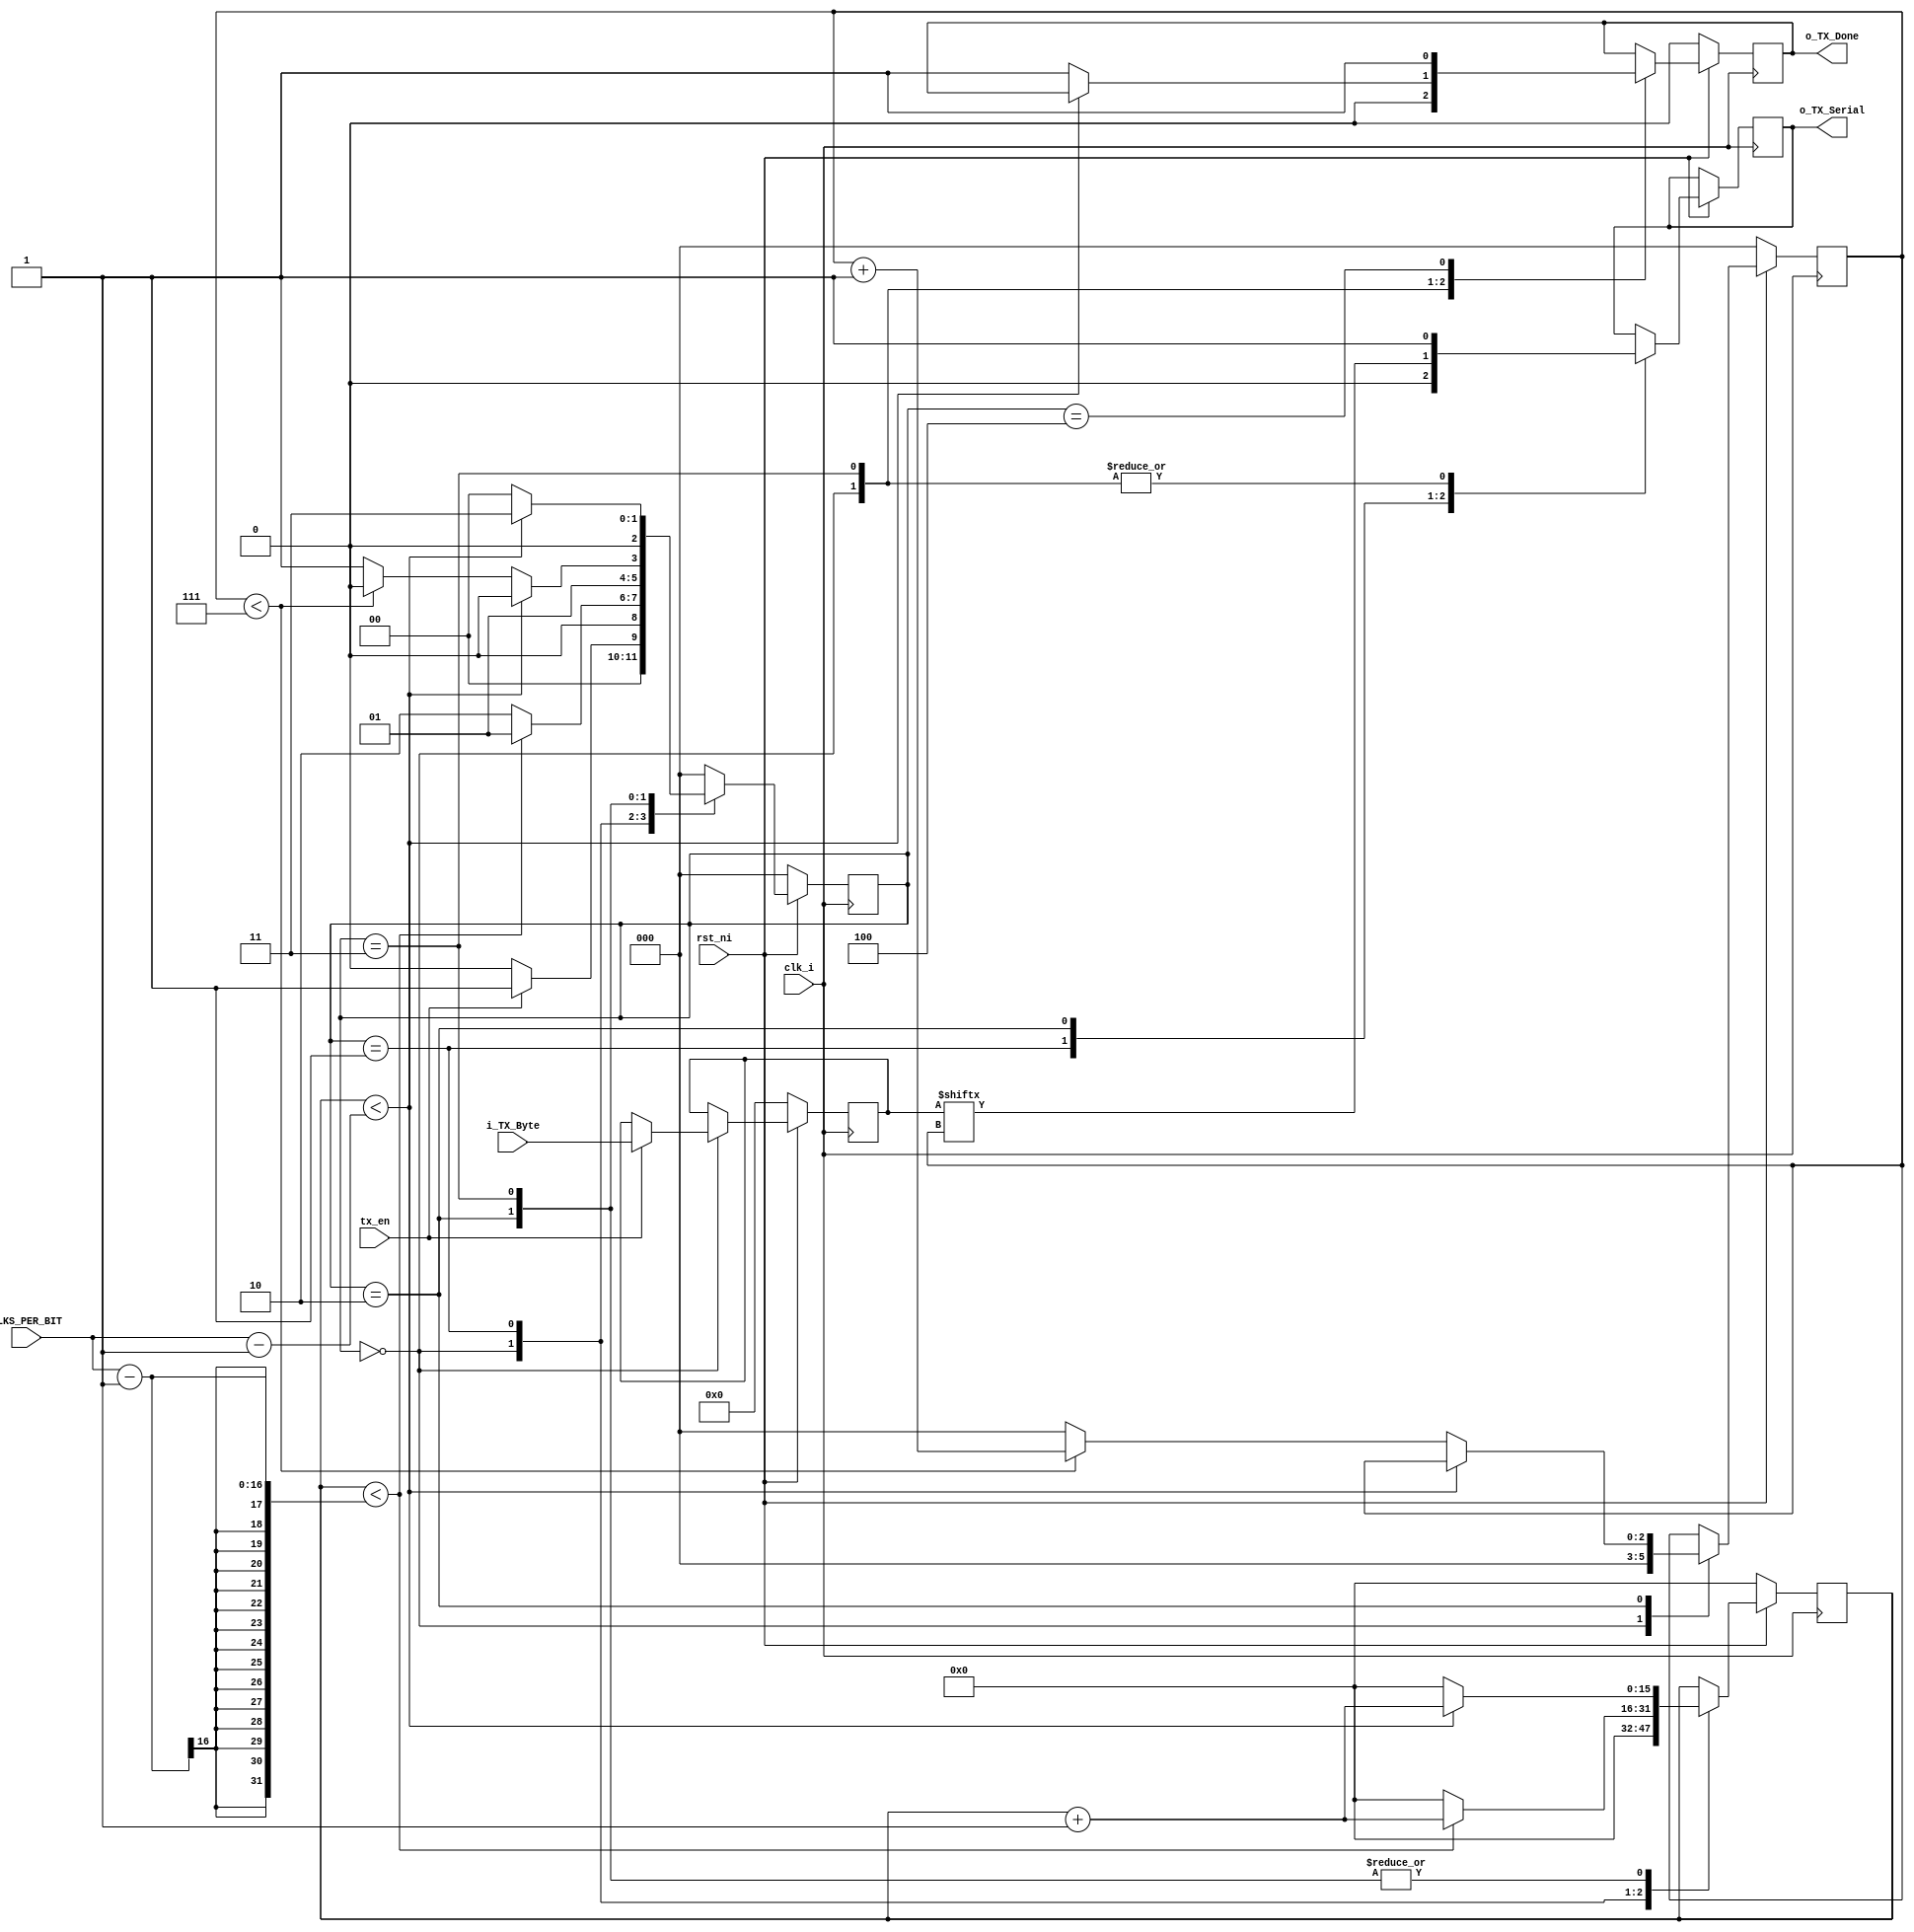
module uart_tx (
   input wire      clk_i,
   input wire      rst_ni,
   input wire      tx_en,
   input wire [7:0] i_TX_Byte, 
   input wire [15:0]CLKS_PER_BIT,
   //output      o_TX_Active,
   output reg  o_TX_Serial,
   output wire     o_TX_Done
   );
 
  localparam IDLE         = 3'b000;
  localparam TX_START_BIT = 3'b001;
  localparam TX_DATA_BITS = 3'b010;
  localparam TX_STOP_BIT  = 3'b011;
  localparam CLEANUP      = 3'b100;
  
  reg [2:0] r_SM_Main     ;
  reg [15:0] r_Clock_Count ;
  reg [2:0] r_Bit_Index   ;
  reg [7:0] r_TX_Data     ;
  reg       r_TX_Done     ;
//  reg       r_TX_Active   ;
    
  always @(posedge clk_i)
  begin
    if(~rst_ni) begin
        r_SM_Main     <= 3'b0;
        r_Clock_Count <= 16'b0;
        r_Bit_Index   <= 3'b0;
        r_TX_Data     <= 8'b0;
        r_TX_Done     <= 1'b0;
       // r_TX_Active   = 0;
    end else begin
    case (r_SM_Main)
      IDLE :
        begin
          o_TX_Serial   <= 1'b1;         // Drive Line High for Idle
          r_TX_Done     <= 1'b0;
          r_Clock_Count <= 16'b0;
          r_Bit_Index   <= 3'b0;
          
          if (tx_en == 1'b1)
          begin
           // r_TX_Active <= 1'b1;
            r_TX_Data   <= i_TX_Byte;
            r_SM_Main   <= TX_START_BIT;
          end
          else
            r_SM_Main <= IDLE;
        end // case: IDLE
      
      
      // Send out Start Bit. Start bit = 0
      TX_START_BIT :
        begin
          o_TX_Serial <= 1'b0;
          
          // Wait CLKS_PER_BIT-1 clock cycles for start bit to finish
          if (r_Clock_Count < CLKS_PER_BIT-1)
          begin
            r_Clock_Count <= r_Clock_Count + 16'b1;
            r_SM_Main     <= TX_START_BIT;
          end
          else
          begin
            r_Clock_Count <= 16'b0;
            r_SM_Main     <= TX_DATA_BITS;
          end
        end // case: TX_START_BIT
      
      
      // Wait CLKS_PER_BIT-1 clock cycles for data bits to finish         
      TX_DATA_BITS :
        begin
          o_TX_Serial <= r_TX_Data[r_Bit_Index];
          
          if (r_Clock_Count < CLKS_PER_BIT-16'b1)
          begin
            r_Clock_Count <= r_Clock_Count + 16'b1;
            r_SM_Main     <= TX_DATA_BITS;
          end
          else
          begin
            r_Clock_Count <= 3'b0;
            
            // Check if we have sent out all bits
            if (r_Bit_Index < 7)
            begin
              r_Bit_Index <= r_Bit_Index + 3'b1;
              r_SM_Main   <= TX_DATA_BITS;
            end
            else
            begin
              r_Bit_Index <= 3'b0;
              r_SM_Main   <= TX_STOP_BIT;
            end
          end 
        end // case: TX_DATA_BITS
      
      
      // Send out Stop bit.  Stop bit = 1
      TX_STOP_BIT :
        begin
          o_TX_Serial <= 1'b1;
          
          // Wait CLKS_PER_BIT-1 clock cycles for Stop bit to finish
          if (r_Clock_Count < CLKS_PER_BIT- 16'b1)
          begin
            r_Clock_Count <= r_Clock_Count + 16'b1;
            r_SM_Main     <= TX_STOP_BIT;
          end
          else
          begin
            r_TX_Done     <= 1'b1;
            r_Clock_Count <= 16'b0;
            r_SM_Main     <= IDLE;
           // r_TX_Active   <= 1'b0;
          end 
        end // case: TX_STOP_BIT
      
      
      // Stay here 1 clock
      CLEANUP :
        begin
          r_TX_Done <= 1'b1;
          r_SM_Main <= IDLE;
        end
      
      
      default :
        r_SM_Main <= IDLE;
      
    endcase
    end 
  end
  
  //assign o_TX_Active = r_TX_Active;
  assign o_TX_Done   = r_TX_Done;
  
endmodule